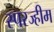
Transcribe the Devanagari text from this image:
स्परज्हीम